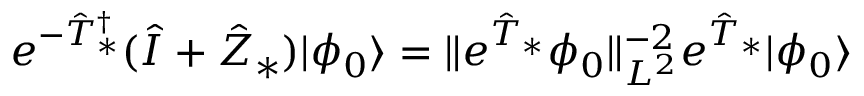
e ^ { - \hat { T } _ { * } ^ { \dagger } } ( \hat { I } + \hat { Z } _ { * } ) | \phi _ { 0 } \rangle = \Vert e ^ { \hat { T } _ { * } } \phi _ { 0 } \Vert _ { L ^ { 2 } } ^ { - 2 } e ^ { \hat { T } _ { * } } | \phi _ { 0 } \rangle